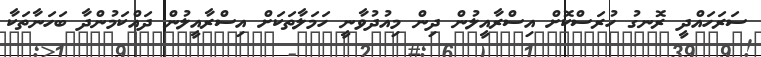
ސަރަހައްދީ ރޮނގު ހުރަސްކޮށް އިސްރާއީލުން ދިން މިއުދުވާނީ ހަމަލާތަކަށް އިސްރާއީލުން ދައްކަމުންދާ ބަހަނާތަކާ